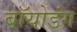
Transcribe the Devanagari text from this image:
बॉयोडंग